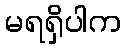
မရရှိပါက